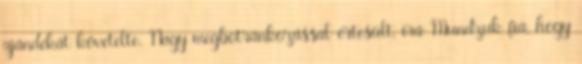
ajándékát követelte. Nagy megbotránkozással értesült, írá Mundzuk fia, hogy